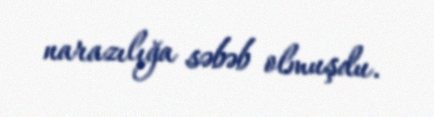
narazılığa səbəb olmuşdu.